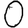
Digit: 0